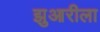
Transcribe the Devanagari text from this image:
झुआरीला